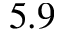
5 . 9